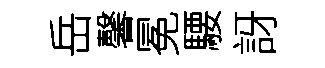
岳馨冕騕訝